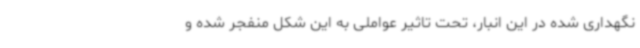
نگهداری شده در این انبار، تحت تاثیر عواملی به این شکل منفجر شده و